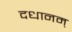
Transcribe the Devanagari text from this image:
दधानम्‌